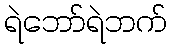
ရဲဘော်ရဲဘက်